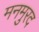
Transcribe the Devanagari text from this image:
मनमुरद